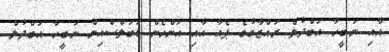
އާއި ނަބީހާ އަބްދުލް ރައްޒާގުގެ ޕެއާ އާއި އަންހެން ޑަބަލްސްއިން ނަބީހާ އަބްދުލް